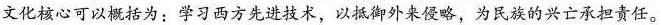
文化核心可以概括为：学习西方先进技术，以抵御外来侵略，为民族的兴亡承担责任。